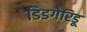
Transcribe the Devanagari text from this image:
डिडगेरिडू